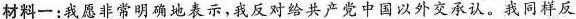
材料一：我愿非常明确地表示，我反对给共产党中国以外交承认。我同样反